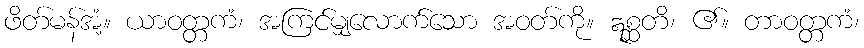
ဖိတ်မန်အံ့။ ယာဝတ္တကံ၊ အကြင်မျှလောက်သော အဝတ်ကို။ ဣစ္ဆတိ၊ ၏။ တာဝတ္တကံ၊